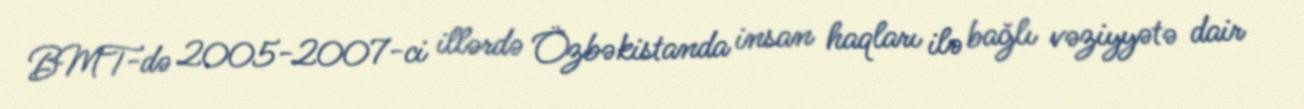
BMT-də 2005-2007-ci illərdə Özbəkistanda insan haqları ilə bağlı vəziyyətə dair